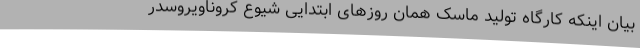
بیان اینکه کارگاه تولید ماسک همان روزهای ابتدایی شیوع کروناویروسدر